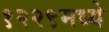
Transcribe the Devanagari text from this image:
१२२९मध्ये